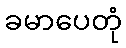
ခမာပေတုံ